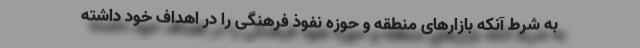
به شرط آنکه بازارهای منطقه و حوزه نفوذ فرهنگی را در اهداف خود داشته